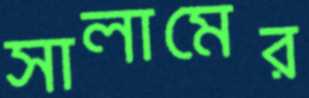
সালামের